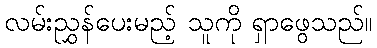
လမ်းညွှန်ပေးမည့် သူကို ရှာဖွေသည်။